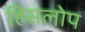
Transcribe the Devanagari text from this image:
हिसलोप